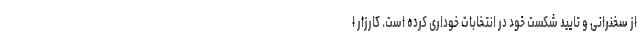
از سخنرانی و تایید شکست خود در انتخابات خوداری کرده است. کارزار ا